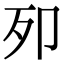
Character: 𭅵